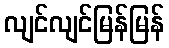
လျင်လျင်မြန်မြန်